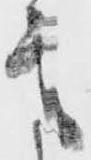
意